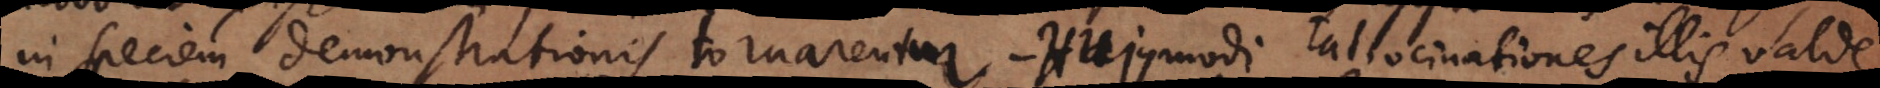
in speciem demonstrationis tornarentur. Hujusmodi ratiocinationes illis valde